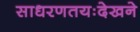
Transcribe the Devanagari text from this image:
साधरणतयःदेखने